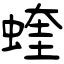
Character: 蝰